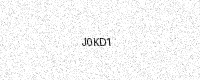
Text: J0KD1